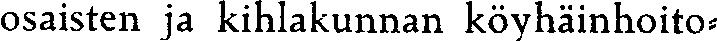
osaisten ja kihlakunnan köyhäinhoito-